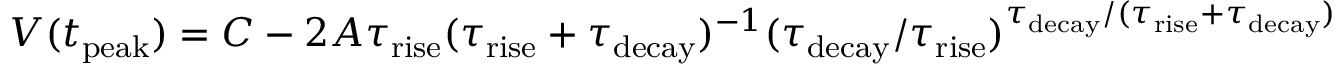
V ( t _ { \mathrm { p e a k } } ) = C - 2 A \tau _ { \mathrm { r i s e } } ( \tau _ { \mathrm { r i s e } } + \tau _ { \mathrm { d e c a y } } ) ^ { - 1 } ( \tau _ { \mathrm { d e c a y } } / \tau _ { \mathrm { r i s e } } ) ^ { \tau _ { \mathrm { d e c a y } } / ( \tau _ { \mathrm { r i s e } } + \tau _ { \mathrm { d e c a y } } ) }